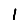
Digit: 1